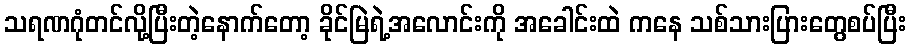
သရဏဂုံတင်လို့ပြီးတဲ့နောက်တော့ ခိုင်မြဲရဲ့အလောင်းကို အခေါင်းထဲ ကနေ သစ်သားပြားတွေစပ်ပြီး